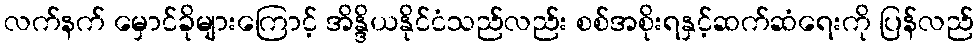
လက်နက် မှောင်ခိုများကြောင့် အိန္ဒိယနိုင်ငံသည်လည်း စစ်အစိုးရနှင့်ဆက်ဆံရေးကို ပြန်လည်